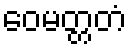
ဝေမတ္တတံ